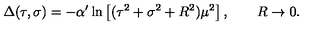
\Delta ( \tau , \sigma ) = - \alpha ^ { \prime } \ln \left[ ( \tau ^ { 2 } + \sigma ^ { 2 } + R ^ { 2 } ) \mu ^ { 2 } \right] , \qquad R \rightarrow 0 .